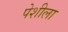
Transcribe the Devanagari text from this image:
पेशीला